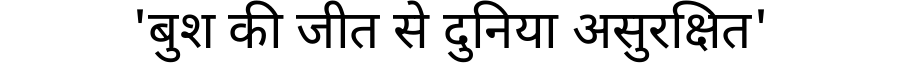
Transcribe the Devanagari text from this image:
'बुश की जीत से दुनिया असुरक्षित'